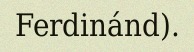
Ferdinánd).